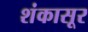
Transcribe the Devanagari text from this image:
शंकासूर